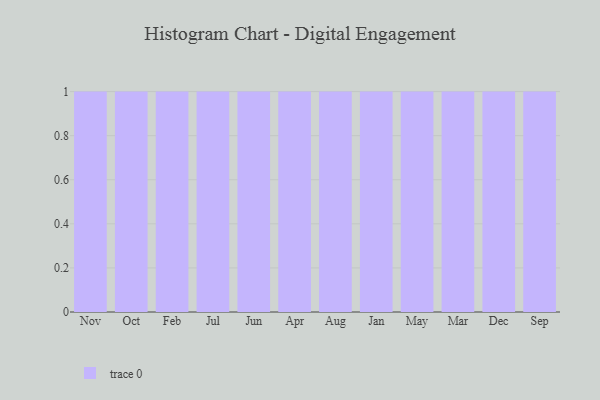
{"axis": {"x": "Month", "y": "Gross Profit (USD K)"}, "legend": [""], "data": [{"x": "Nov", "y": 27, "type": ""}, {"x": "Oct", "y": 39, "type": ""}, {"x": "Feb", "y": 93, "type": ""}, {"x": "Jul", "y": 46, "type": ""}, {"x": "Jun", "y": 79, "type": ""}, {"x": "Apr", "y": 46, "type": ""}, {"x": "Aug", "y": 19, "type": ""}, {"x": "Jan", "y": 57, "type": ""}, {"x": "May", "y": 86, "type": ""}, {"x": "Mar", "y": 46, "type": ""}, {"x": "Dec", "y": 59, "type": ""}, {"x": "Sep", "y": 3, "type": ""}]}